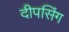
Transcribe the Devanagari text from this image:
दीपसिंग